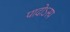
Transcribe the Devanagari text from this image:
पादोऽस्य